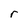
Character: r